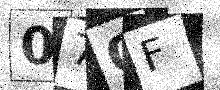
Text: 07OF